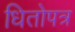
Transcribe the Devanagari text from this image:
धितोपत्र